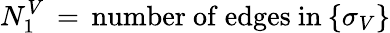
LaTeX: N_{1}^{V}\, =\, \mathrm{number~of~edges~in}\: \{ \sigma_{V}\}